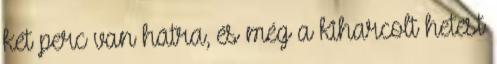
két perc van hátra, és még a kiharcolt hetest